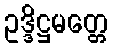
ဥဒ္ဒိဋ္ဌမတ္တေ